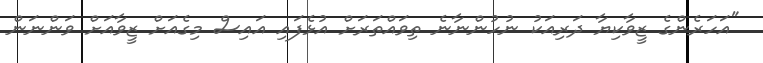
"އަހަރެންގެ ޒީވާކިޔާ ދަރިއަކު ނުހުންނާނެ ތިވައްތަރަށް އުޅެފައި އައިސް މިގެއަށް ޒީވާއަށް ވަންނަން